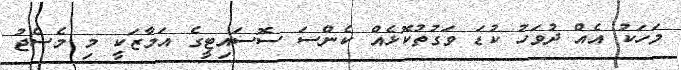
މަހަކު އެއް ދުވަހު ކުޑަ ވަގުތުކޮޅެއް ކެންސަ ސޮސައިޓީގެ އަމާޒަކީ މި މެސެޖު